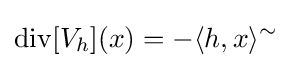
\mathop {\mathrm {div} } [V_{h}](x)=-\langle h,x\rangle ^{\sim }